Vaccination in Burma 1920-1933 - 1920-1933
Year: 1920
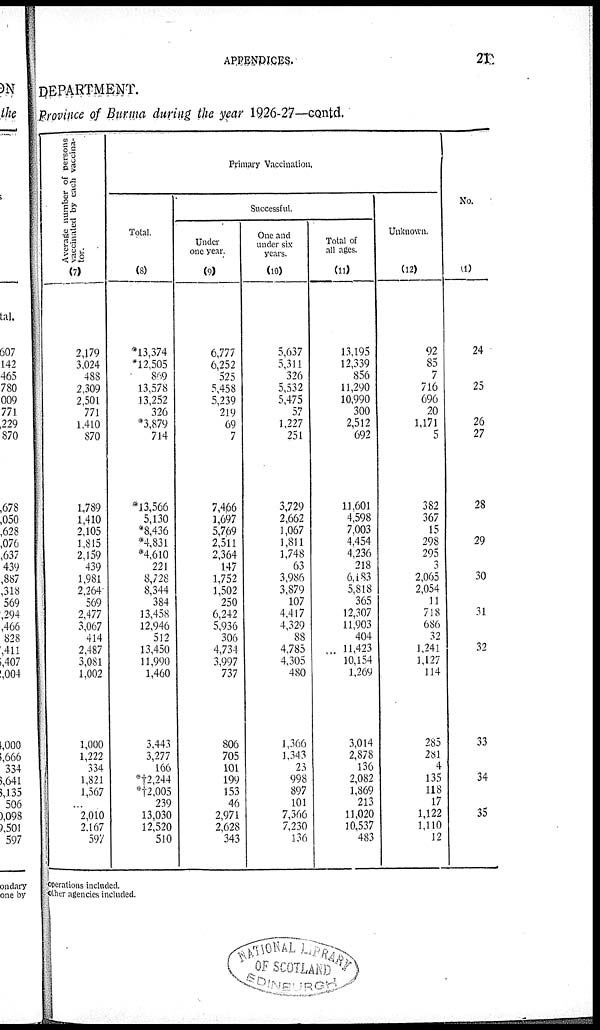
APPENDICES.
21
DEPARTMENT.
Province of Burma during the year 1926-27—contd.
Average number of persons
vaccinated by each vaccina-
tor.
(7)
2,179
3,024
488
2,309
2,501
771
1,410
870
1,789
1,410
2,105
1,815
2,159
439
1,981
2,264
569
2,477
3,067
414
2,487
3,081
1,002
1,000
1,222
334
1,821
1,567
...
2,010
2,167
597
Primary Vaccination.
Total.
(8)
*13,374
*12,505
869
13,578
13,252
326
*3,879
714
*13,566
5,130
*8,436
*4,831
*4,610
221
8,728
8,344
384
13,458
12,946
512
13,450
11,990
1,460
3,443
3,277
166
*†2,244
*†2,005
239
13,030
12,520
510
Successful.
Under
one year.
(9)
6,777
6,252
525
5,458
5,239
219
69
7
7,466
1,697
5,769
2,511
2,364
147
1,752
1,502
250
6,242
5,936
306
4,734
3,997
737
806
705
101
199
153
46
2,971
2,628
343
One and
under six
years.
(10)
5,637
5,311
326
5,532
5,475
57
1,227
251
3,729
2,662
1,067
1,811
1,748
63
3,986
3,879
107
4,417
4,329
88
4,785
4,305
480
1,366
1,343
23
998
897
101
7,366
7,230
136
Total of
all ages.
(11)
13,195
12,339
856
11,290
10,990
300
2,512
692
11,601
4,598
7,003
4,454
4,236
218
6,183
5,818
365
12,307
11,903
404
11,423
10,154
1,269
3,014
2,878
136
2,082
1,869
213
11,020
10,537
483
Unknown.
(12)
92
85
7
716
696
20
1,171
5
382
367
15
298
295
3
2,065
2,054
11
718
686
32
1,241
1,127
114
285
281
4
135
118
17
1,122
1,110
12
No.
(1)
24
25
26
27
28
29
30
31
32
33
34
35
operations included.
other agencies included.